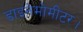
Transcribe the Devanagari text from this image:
डाइनेमोमीटर।